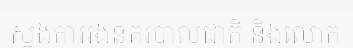
ស្នងការរងនគរបាលជាតិ និងលោក